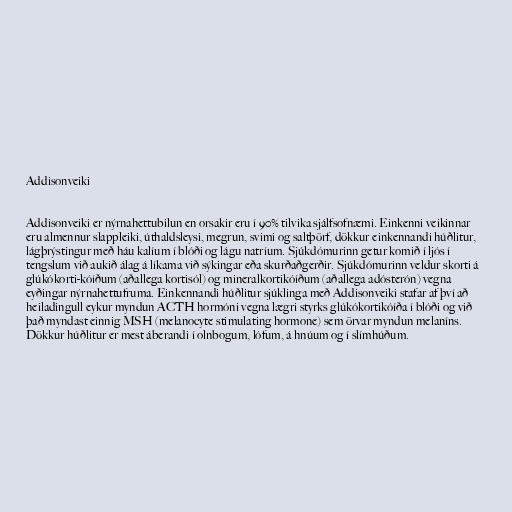
Addisonveiki

Addisonveiki er nýrnahettubilun en orsakir eru í 90% tilvika sjálfsofnæmi. Einkenni veikinnar
eru almennur slappleiki, úthaldsleysi, megrun, svimi og saltþörf, dökkur einkennandi húðlitur,
lágþrýstingur með háu kalíum í blóði og lágu natríum. Sjúkdómurinn getur komið í ljós í
tengslum við aukið álag á líkama við sýkingar eða skurðaðgerðir. Sjúkdómurinn veldur skorti á
glúkókorti-kóíðum (aðallega kortisól) og mineralkortikóíðum (aðallega adósterón) vegna
eyðingar nýrnahettufruma. Einkennandi húðlitur sjúklinga með Addisonveiki stafar af því að
heiladingull eykur myndun ACTH hormóni vegna lægri styrks glúkókortikóíða í blóði og við
það myndast einnig MSH (melanocyte stimulating hormone) sem örvar myndun melaníns.
Dökkur húðlitur er mest áberandi í olnbogum, lófum, á hnúum og í slímhúðum.